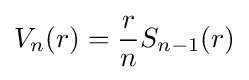
V_{n}(r)={\frac {r}{n}}S_{n-1}(r)